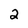
Character: 2